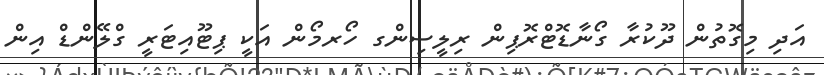
އަދި މިގޮތުން ދޫކުރާ ގޯނާޑޮޓްރޮޕިން ރިލީސިންގ ހޯރމޯން އަކީ ޕިޓޫއިޓަރީ ގްލޭންޑް އިން